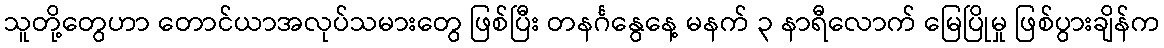
သူတို့တွေဟာ တောင်ယာအလုပ်သမားတွေ ဖြစ်ပြီး တနင်္ဂနွေနေ့ မနက် ၃ နာရီလောက် မြေပြိုမှု ဖြစ်ပွားချိန်က